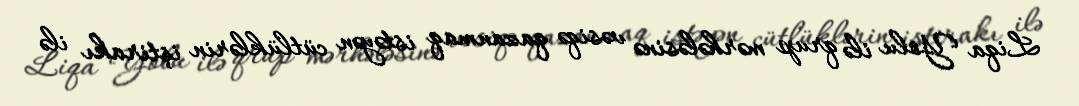
Liqa Yolu ilə qrup mərhələsinə vəsiqə qazanmaq istəyən cütlüklərin iştirakı ilə